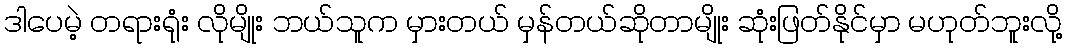
ဒါပေမဲ့ တရားရုံး လိုမျိုး ဘယ်သူက မှားတယ် မှန်တယ်ဆိုတာမျိုး ဆုံးဖြတ်နိုင်မှာ မဟုတ်ဘူးလို့